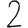
Digit: 2